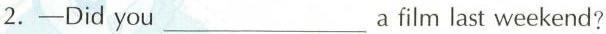
2.—Did you___a film last weekend?